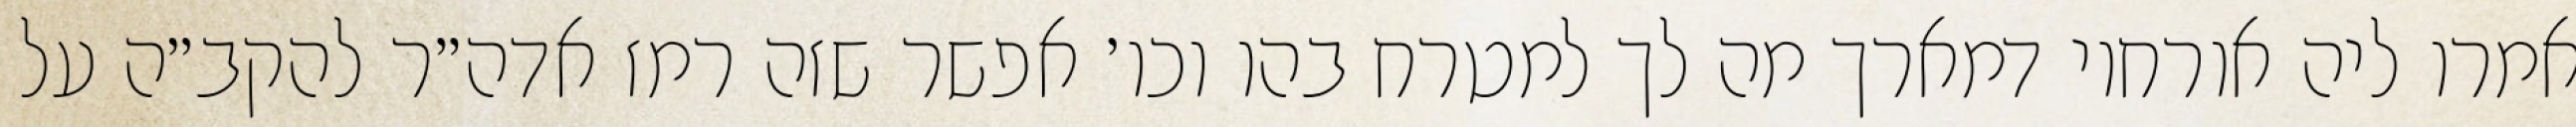
אמרו ליה אורחוי דמארך מה לך למטרח בהו וכו׳ אפשר שזה רמז אדה״ר להקב״ה על